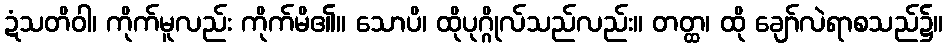
ဍံသတိဝါ၊ ကိုက်မူလည်း ကိုက်မိ၏။ သောပိ၊ ထိုပုဂ္ဂိုလ်သည်လည်း။ တတ္ထ၊ ထို ချော်လဲရာစသည်၌။